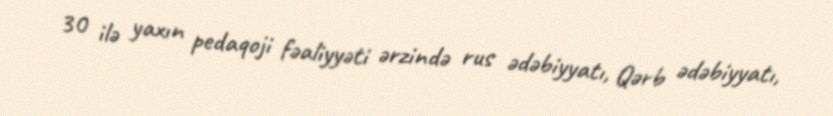
30 ilə yaxın pedaqoji fəaliyyəti ərzində rus ədəbiyyatı, Qərb ədəbiyyatı,